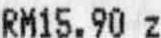
RM15.90 Z